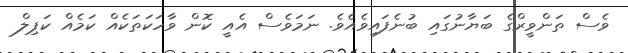
ވެސް ތަންވީރްގެ ބަޔާނުގައި ބުނެފައިވެއެވެ. ނަމަވެސް އެއީ ކޮން ވާހަކަތަކެއް ކަމެއް ކަޕިލް